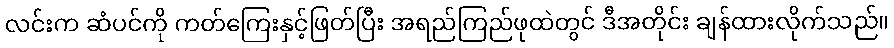
လင်းက ဆံပင်ကို ကတ်ကြေးနှင့်ဖြတ်ပြီး အရည်ကြည်ဖုထဲတွင် ဒီအတိုင်း ချန်ထားလိုက်သည်။